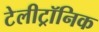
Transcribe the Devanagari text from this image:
टेलीट्रॉनिक